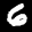
Label: 6